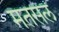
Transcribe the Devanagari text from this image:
मतसल